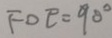
F O E = 9 0 ^ { \circ }